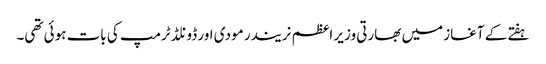
ہفتے کے آغاز میں بھارتی وزیر اعظم نریندر مودی اور ڈونلڈ ٹرمپ کی بات ہوئی تھی۔